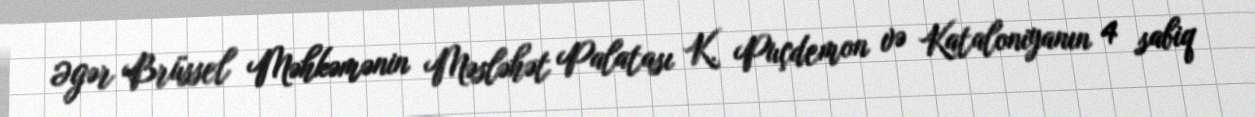
Əgər Brüssel Məhkəmənin Məsləhət Palatası K. Puçdemon və Kataloniyanın 4 sabiq